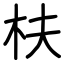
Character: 枎